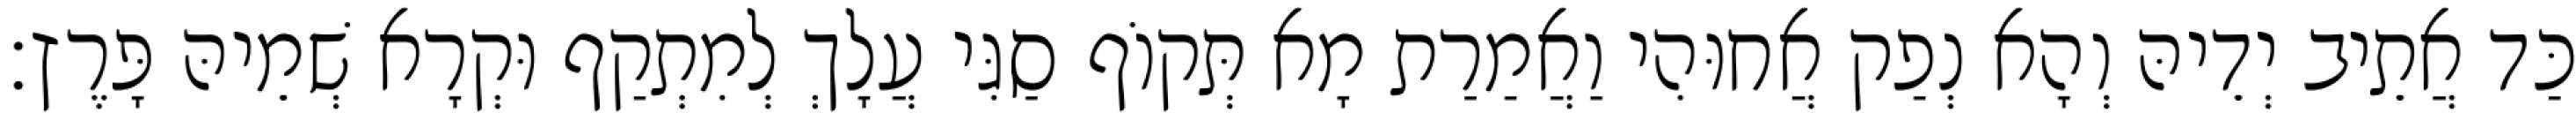
כַּד אֲתֵיב יְדֵיהּ וְהָא נְפַק אֲחוּהִי וַאֲמַרַת מָא תְּקוֹף סַגִּי עֲלָךְ לְמִתְקַף וּקְרָא שְׁמֵיהּ פָּרֶץ׃